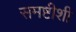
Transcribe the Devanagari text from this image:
समष्टीशी